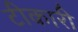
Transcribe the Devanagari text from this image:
टीकारी